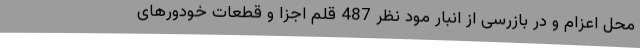
محل اعزام و در بازرسی از انبار مود نظر 487 قلم اجزا و قطعات خودورهای